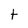
Character: t